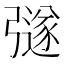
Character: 𭛉